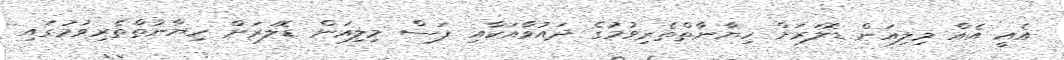
އެއީ އެއް މިލިއަން ޑޮލަރަށް ހިޔާނާތްތެރިވުމުގެ ދައުވާއަކާއި ފަސް މިލިއަން ޑޮލަރަށް ހިޔާނާތްތެރިވުމުގައި